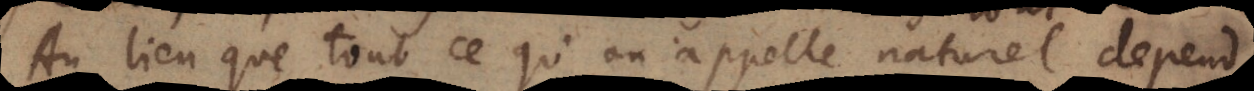
Au lieu que tout ce qu’on appelle naturel depend